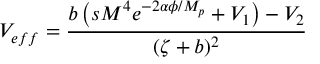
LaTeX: V _ { e f f } = \frac { b \left( s M ^ { 4 } e ^ { - 2 \alpha \phi / M _ { p } } + V _ { 1 } \right) - V _ { 2 } } { ( \zeta + b ) ^ { 2 } }